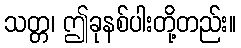
သတ္တ၊ ဤခုနစ်ပါးတို့တည်း။